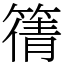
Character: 篟